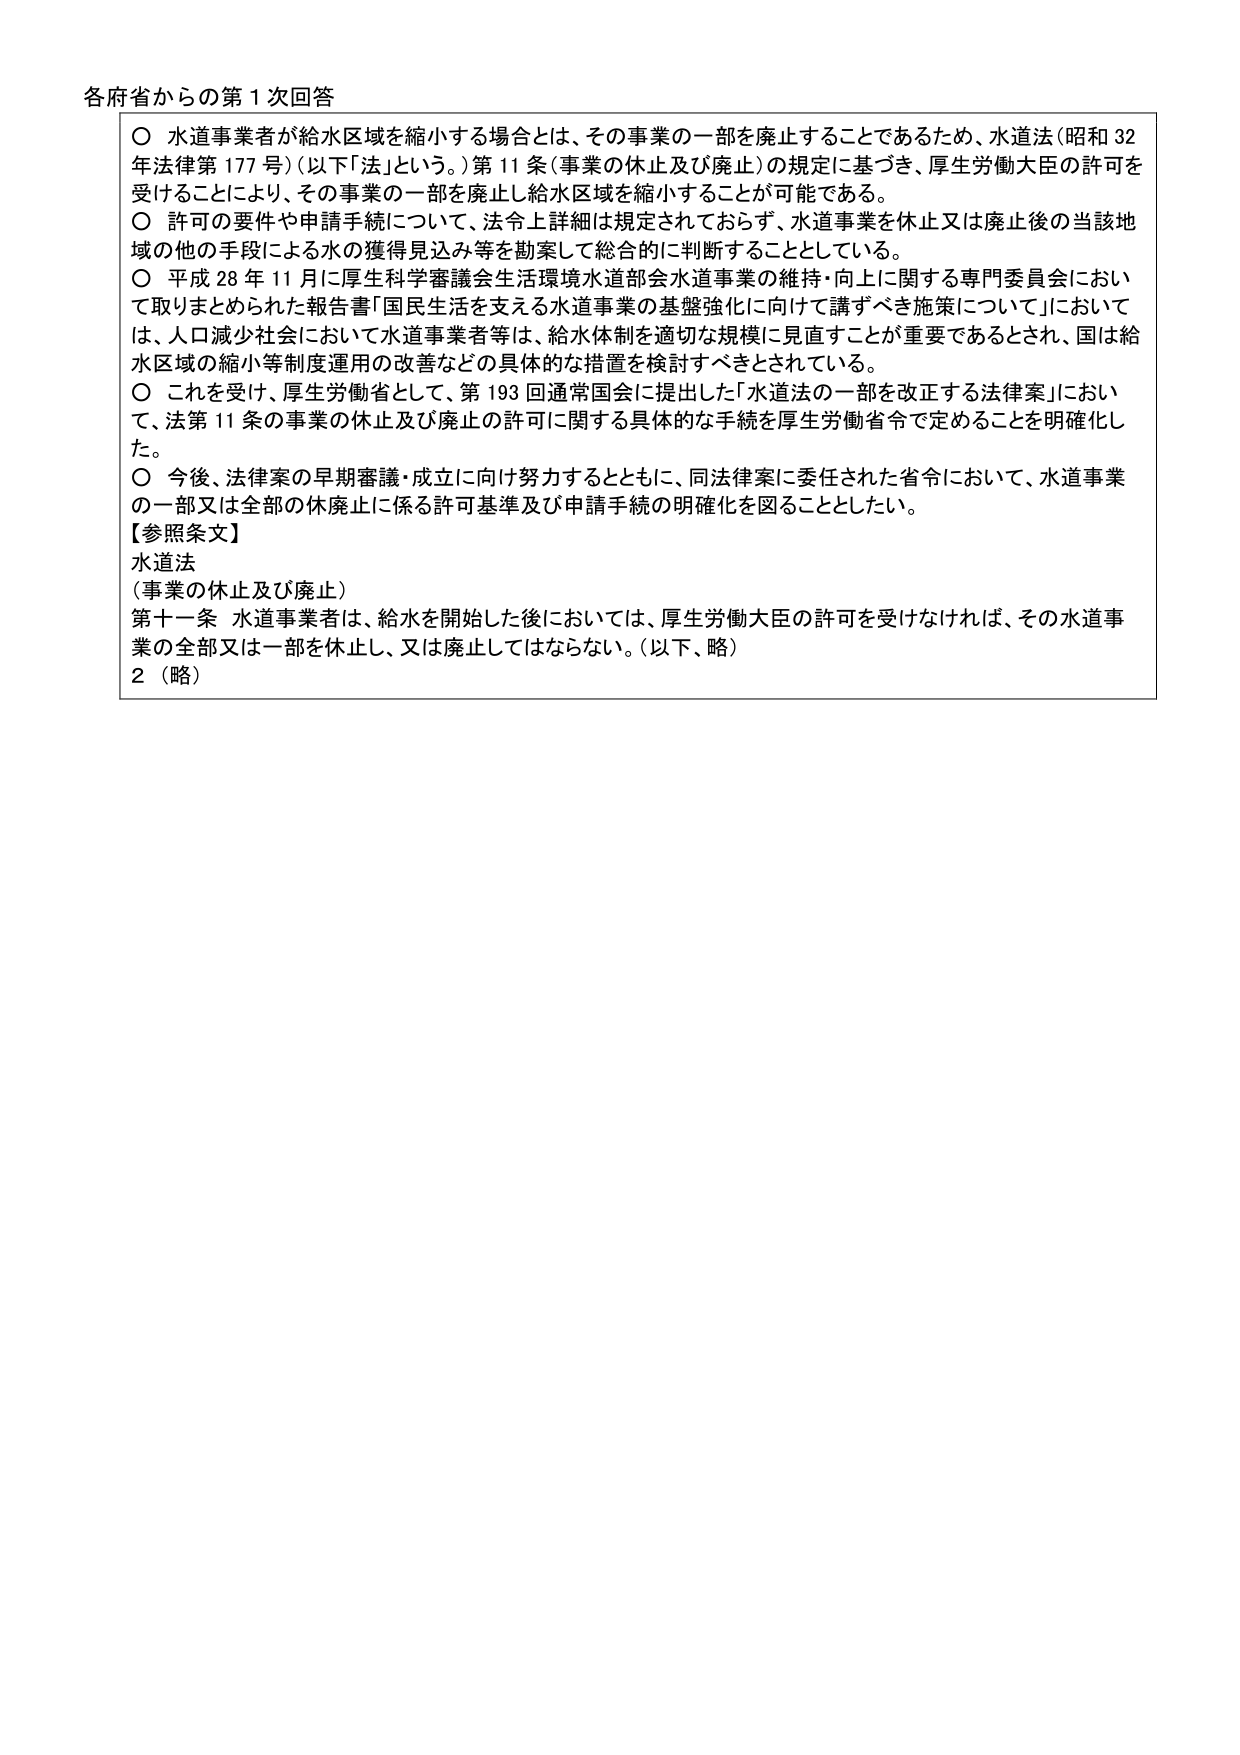
各府省からの第１次回答

○ 水道事業者が給水区域を縮小する場合とは、その事業の一部を廃止することであるため、水道法（昭和32年法律第177号）（以下「法」という。）第11条（事業の休止及び廃止）の規定に基づき、厚生労働大臣の許可を受けることにより、その事業の一部を廃止し給水区域を縮小することが可能である。

○ 許可の要件や申請手続について、法令上詳細は規定されておらず、水道事業を休止又は廃止後の当該地域の他の手段による水の獲得見込み等を勘案して総合的に判断することとしている。

○ 平成28年11月に厚生科学審議会生活環境水道部会水道事業の維持・向上に関する専門委員会において取りまとめられた報告書「国民生活を支える水道事業の基盤強化に向けて講ずべき施策について」においては、人口減少社会において水道事業者等は、給水体制を適切な規模に見直すことが重要であるとされ、国は給水区域の縮小等制度運用の改善などの具体的な措置を検討すべきとされている。

○ これを受けて、厚生労働省として、第193回通常国会に提出した「水道法の一部を改正する法律案」において、法第11条の事業の休止及び廃止の許可に関する具体的な手続を厚生労働省令で定めることを明確化した。

○ 今後、法律案の早期審議・成立に向け努力するとともに、同法律案に委任された省令において、水道事業の一部又は全部の休廃止に係る許可基準及び申請手続の明確化を図ることとしたい。

【参照条文】
水道法
（事業の休止及び廃止）
第十一条 水道事業者は、給水を開始した後においては、厚生労働大臣の許可を受けなければ、その水道事業の全部又は一部を休止し、又は廃止してはならない。（以下、略）
2（略）